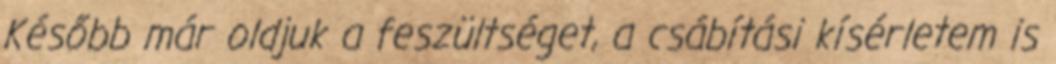
Később már oldjuk a feszültséget, a csábítási kísérletem is